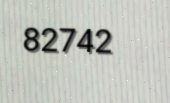
82742